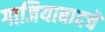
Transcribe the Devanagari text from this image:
गाजियाबादचे